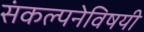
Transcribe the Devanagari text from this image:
संकल्पनेविषयी